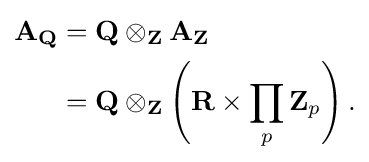
{\begin{aligned}\mathbf {A} _{\mathbf {Q} }&=\mathbf {Q} \otimes _{\mathbf {Z} }\mathbf {A} _{\mathbf {Z} }\\&=\mathbf {Q} \otimes _{\mathbf {Z} }\left(\mathbf {R} \times \prod _{p}\mathbf {Z} _{p}\right).\end{aligned}}